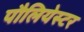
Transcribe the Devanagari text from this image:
पौलियेस्टर